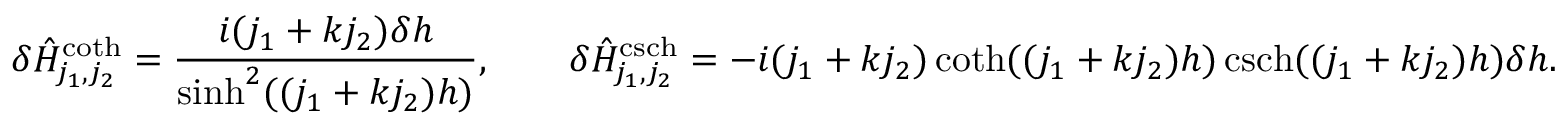
\delta \hat { H } _ { j _ { 1 } , j _ { 2 } } ^ { \coth } = \frac { i ( j _ { 1 } + k j _ { 2 } ) \delta h } { \sinh ^ { 2 } ( ( j _ { 1 } + k j _ { 2 } ) h ) } , \qquad \delta \hat { H } _ { j _ { 1 } , j _ { 2 } } ^ { \operatorname { c s c h } } = - i ( j _ { 1 } + k j _ { 2 } ) \coth ( ( j _ { 1 } + k j _ { 2 } ) h ) \operatorname { c s c h } ( ( j _ { 1 } + k j _ { 2 } ) h ) \delta h .